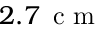
2 . 7 \, \mathrm { ~ c ~ m ~ }